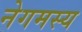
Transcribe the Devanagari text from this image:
नेगमस्य